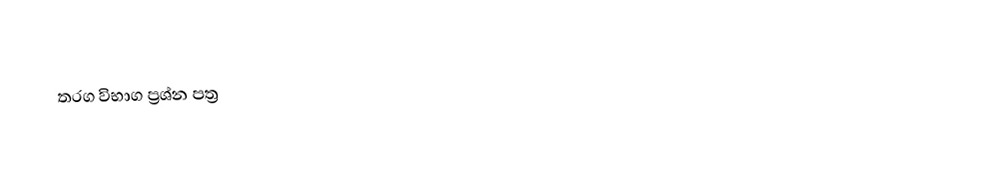
තරග විභාග ප්‍රශ්න පත්‍ර